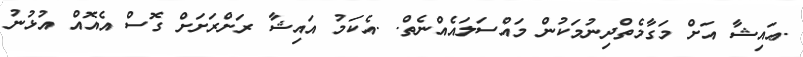
.ޢައިޝާ އަށް މަގާމެތްދިނުމަކުން މައްސަލައެއްނެތް. .އެކަމު އައިޝާ ރަށްރަށަށް ގޮސް އެއޮއް އުޅުނު